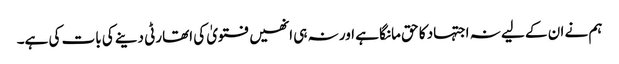
ہم نے ان کے لیے نہ اجتہاد کا حق مانگا ہے اور نہ ہی انھیں فتویٰ کی اتھارٹی دینے کی بات کی ہے۔